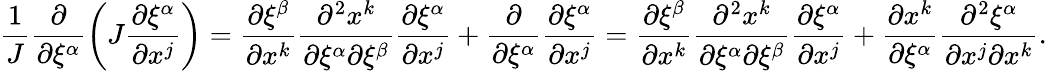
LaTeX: \frac{1}{J}\frac{\partial}{\partial\xi^{\alpha}}\left(J\frac{\partial\xi^{\alpha}}{\partial x^{j}}\right)=\frac{\partial\xi^{\beta}}{\partial x^{k}}\frac{\partial^{2}x^{k}}{\partial\xi^{\alpha}\partial\xi^{\beta}}\frac{\partial\xi^{\alpha}}{\partial x^{j}}+\frac{\partial}{\partial\xi^{\alpha}}\frac{\partial\xi^{\alpha}}{\partial x^{j}}=\frac{\partial\xi^{\beta}}{\partial x^{k}}\frac{\partial^{2}x^{k}}{\partial\xi^{\alpha}\partial\xi^{\beta}}\frac{\partial\xi^{\alpha}}{\partial x^{j}}+\frac{\partial x^{k}}{\partial\xi^{\alpha}}\frac{\partial^{2}\xi^{\alpha}}{\partial x^{j}\partial x^{k}}.